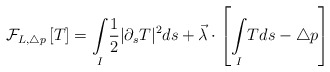
\begin{align*}\mathcal{F}_{L,\triangle p}\left[ T \right] =\underset{I}{\int } \frac{1}{2} |\partial_{s} T|^{2} ds+\vec\lambda \cdot \left[\underset{I}{\int }Tds-\triangle p \right]\end{align*}